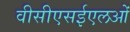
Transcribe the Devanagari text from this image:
वीसीएसईएलओं